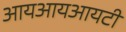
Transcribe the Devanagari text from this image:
आयआयआयटी